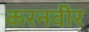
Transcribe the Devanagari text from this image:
करनवीर